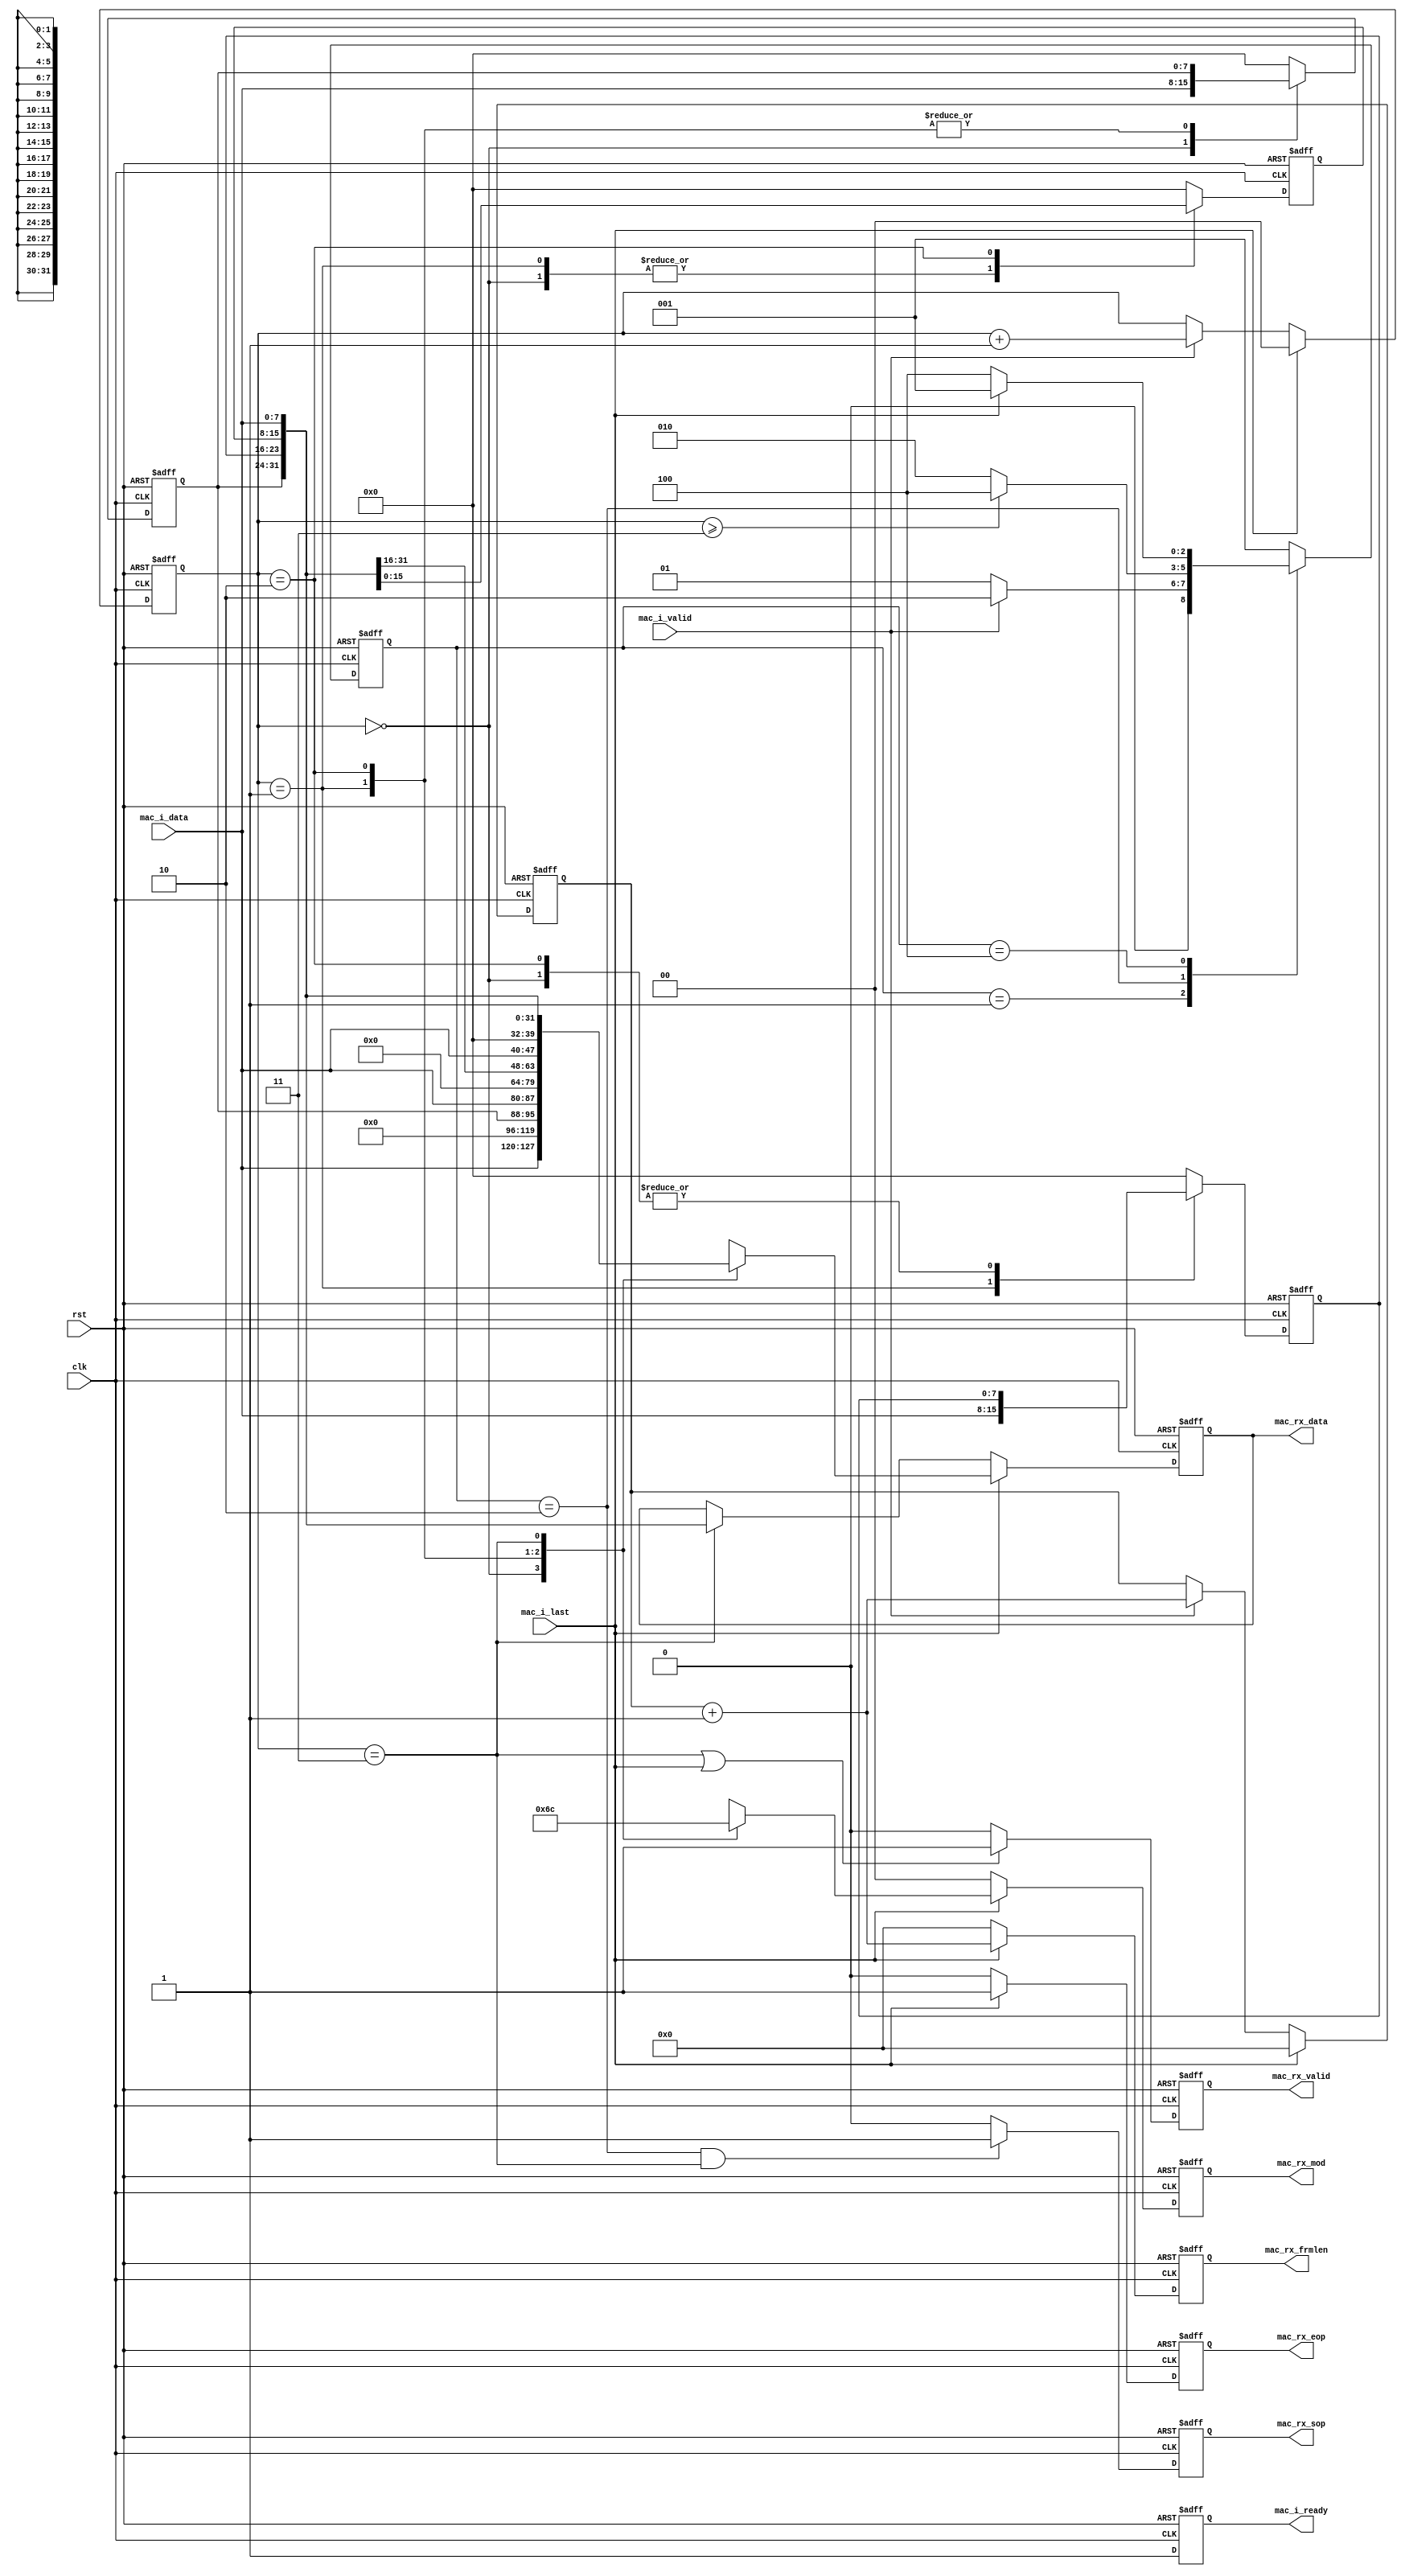
/*************************************************************************************\
    Copyright(c) 2012, China Digital TV Holding Co., Ltd,All right reserved
    Department   :   New Media,R&D Hardware Department
    Filename     :   mac_rx_bit8to32.v
    Author       :   huangrui/1480
    ==================================================================================
    Description  :
    
    ==================================================================================
    Modification History:
    Date        By                  Rev.        Prj.        Change Description
    ----------------------------------------------------------------------------------
    2012-07-13  huangrui/1480       1.0         IPQAM       Create
    ==================================================================================
    Called by    :   mac_rx_bit8to32.v
    File tree    :   mac_rx_bit8to32.v
\************************************************************************************/
`timescale 1ns/100ps

module mac_rx_bit8to32(
    rst                         ,
    clk                         ,
    //input
    mac_i_data                  ,
    mac_i_valid                 ,
    mac_i_last                  ,
    mac_i_ready                 ,
    //output
    mac_rx_sop                  ,
    mac_rx_eop                  ,
    mac_rx_valid                ,
    mac_rx_mod                  ,
    mac_rx_data                 ,
    mac_rx_frmlen
    );

parameter   U_DLY                       = 1                         ;
parameter   ST_WIDTH                    = 3                         ;
parameter   ST_IDLE                     = 3'b001                    ,
            ST_SOP                      = 3'b010                    ,
            ST_DATA                     = 3'b100                    ;

input                                   rst                         ;
input                                   clk                         ;

input   [7:0]                           mac_i_data                  ;
input                                   mac_i_valid                 ;
input                                   mac_i_last                  ;
output                                  mac_i_ready                 ;

output                                  mac_rx_sop                  ;
output                                  mac_rx_eop                  ;
output                                  mac_rx_valid                ;
//2'b00:4bytes valid;2'b01:1byte valid;2'b10:2bytes valid;2'b11:3bytes valid
output  [1:0]                           mac_rx_mod                  ;
output  [31:0]                          mac_rx_data                 ;
output  [11:0]                          mac_rx_frmlen               ;

reg                                     mac_i_ready                 ;

reg     [ST_WIDTH - 1 : 0]              st_curr /* synthesis syn_encoding = "safe,onehot" */;   
reg     [ST_WIDTH - 1 : 0]              st_next                     ;

reg     [1:0]                           byte_cnt                    ;
reg                                     mac_rx_sop                  ;
reg                                     mac_rx_eop                  ;
reg                                     mac_rx_valid                ;
reg     [31:0]                          mac_rx_data                 ;
reg     [1:0]                           mac_rx_mod                  ;
reg     [11:0]                          mac_rx_frmlen               ;

reg     [7:0]                           data_reg3                   ;
reg     [7:0]                           data_reg2                   ;
reg     [7:0]                           data_reg1                   ;
reg     [11:0]                          mac_rx_frmlen_reg           ;

always@(posedge clk or posedge rst)
begin
    if(rst==1'b1)
    begin
        mac_i_ready <=  1'b0;
    end
    else
    begin
        mac_i_ready <=  #U_DLY  1'b1;
    end
end

always@(posedge clk or posedge rst)
begin
    if(rst==1'b1)
    begin
        mac_rx_frmlen_reg   <=  12'h000;
    end
    else if(mac_i_last==1'b1)
    begin
        mac_rx_frmlen_reg   <=  #U_DLY 12'h000;
    end
    else if(mac_i_valid==1'b1)
    begin
        mac_rx_frmlen_reg   <=  #U_DLY mac_rx_frmlen_reg + 12'h001;
    end
end

always@(posedge clk or posedge rst)
begin
    if(rst==1'b1)
    begin
        mac_rx_frmlen   <=  12'h000;
    end
    else if(mac_i_last==1'b1)
    begin
        mac_rx_frmlen   <=  #U_DLY mac_rx_frmlen_reg + 12'h001;
    end
    else
    begin
        mac_rx_frmlen   <=  #U_DLY 12'h000;
    end
end

always@(posedge clk or posedge rst)
begin
    if(rst==1'b1)
    begin
        byte_cnt    <=  2'b00;
    end
    else if(mac_i_last==1'b1)
    begin
        byte_cnt    <=  #U_DLY 2'b00;
    end
    else if(mac_i_valid==1'b1)
    begin
        byte_cnt    <=  #U_DLY byte_cnt + 2'b01;
    end
end

always@(posedge clk or posedge rst)
begin
    if(rst==1'b1)
    begin
        st_curr <=  ST_IDLE;
    end
    else
    begin
        st_curr <=  #U_DLY st_next;
    end
end

always@*
begin
    case(st_curr)
    ST_IDLE:
    begin
        if(mac_i_valid==1'b1)
        begin
            st_next =   ST_SOP;
        end
        else
        begin
            st_next =   ST_IDLE;
        end
    end
    ST_SOP:
    begin
        if(byte_cnt>=3)
        begin
            st_next =   ST_DATA;
        end
        else
        begin
            st_next =   ST_SOP;
        end
    end
    ST_DATA:
    begin
        if(mac_i_last==1'b1)
        begin
            st_next =   ST_IDLE;
        end
        else
        begin
            st_next =   ST_DATA;
        end
    end
    default:
    begin
        st_next =   ST_IDLE;
    end
    endcase
end

always@(posedge clk or posedge rst)
begin
    if(rst==1'b1)
    begin
        mac_rx_sop  <=  1'b0;
    end
    else if((st_curr==ST_SOP) && (byte_cnt==2'b11))
    begin
        mac_rx_sop  <=  #U_DLY 1'b1;
    end
    else
    begin
        mac_rx_sop  <=  #U_DLY 1'b0;
    end
end

always@(posedge clk or posedge rst)
begin
    if(rst==1'b1)
    begin
        mac_rx_eop  <=  1'b0;
    end
    else if(mac_i_last==1'b1)
    begin
        mac_rx_eop  <=  #U_DLY 1'b1;
    end
    else
    begin
        mac_rx_eop  <=  #U_DLY 1'b0;
    end
end

always@(posedge clk or posedge rst)
begin
    if(rst==1'b1)
    begin
        mac_rx_valid    <=  1'b0;
    end
    else if((byte_cnt==2'b11) || (mac_i_last==1'b1))
    begin
        mac_rx_valid    <=  #U_DLY 1'b1;
    end
    else
    begin
        mac_rx_valid    <=  #U_DLY 1'b0;
    end
end

always@(posedge clk or posedge rst)
begin
    if(rst==1'b1)
    begin
        data_reg3   <=  8'h00;
        data_reg2   <=  8'h00;
        data_reg1   <=  8'h00;
    end
    else
    begin
        case(byte_cnt)
        2'b00:
        begin
            data_reg3   <=  #U_DLY mac_i_data;
        end
        2'b01:
        begin
            data_reg2   <=  #U_DLY mac_i_data;
        end
        2'b10:
        begin
            data_reg1   <=  #U_DLY mac_i_data;
        end
        default:
        begin
            data_reg3   <=  #U_DLY 8'h00;
            data_reg2   <=  #U_DLY 8'h00;
            data_reg1   <=  #U_DLY 8'h00;
        end
        endcase
    end
end 
        
always@(posedge clk or posedge rst)
begin
    if(rst==1'b1)
    begin
        mac_rx_data <=  {32{1'b0}};
    end
    else if(mac_i_last==1'b1)
    begin
        case(byte_cnt)
        2'b00:
        begin
            mac_rx_data <=  #U_DLY {mac_i_data,{24{1'b0}}};
        end
        2'b01:
        begin
            mac_rx_data <=  #U_DLY {data_reg3,mac_i_data,{16{1'b0}}};
        end
        2'b10:
        begin
            mac_rx_data <=  #U_DLY {data_reg3,data_reg2,mac_i_data,8'h00};
        end
        2'b11:
        begin
            mac_rx_data <=  #U_DLY {data_reg3,data_reg2,data_reg1,mac_i_data};
        end
        default:
        begin
            mac_rx_data <=  #U_DLY {32{1'b0}};
        end
        endcase
    end
    else if(byte_cnt==2'b11)
    begin
        mac_rx_data <=  #U_DLY {data_reg3,data_reg2,data_reg1,mac_i_data};
    end
end

always@(posedge clk or posedge rst)
begin
    if(rst==1'b1)
    begin
        mac_rx_mod  <=  2'b00;
    end
    else if(mac_i_last==1'b1)
    begin
        case(byte_cnt)
        2'b00:
        begin
            mac_rx_mod  <=  #U_DLY 2'b01;
        end
        2'b01:
        begin
            mac_rx_mod  <=  #U_DLY 2'b10;
        end
        2'b10:
        begin
            mac_rx_mod  <=  #U_DLY 2'b11;
        end
        2'b11:
        begin
            mac_rx_mod  <=  #U_DLY 2'b00;
        end
        default:
        begin
            mac_rx_mod  <=  #U_DLY 2'b00;
        end
        endcase
    end
    else
    begin
        mac_rx_mod  <=  #U_DLY 2'b00;
    end
end

endmodule